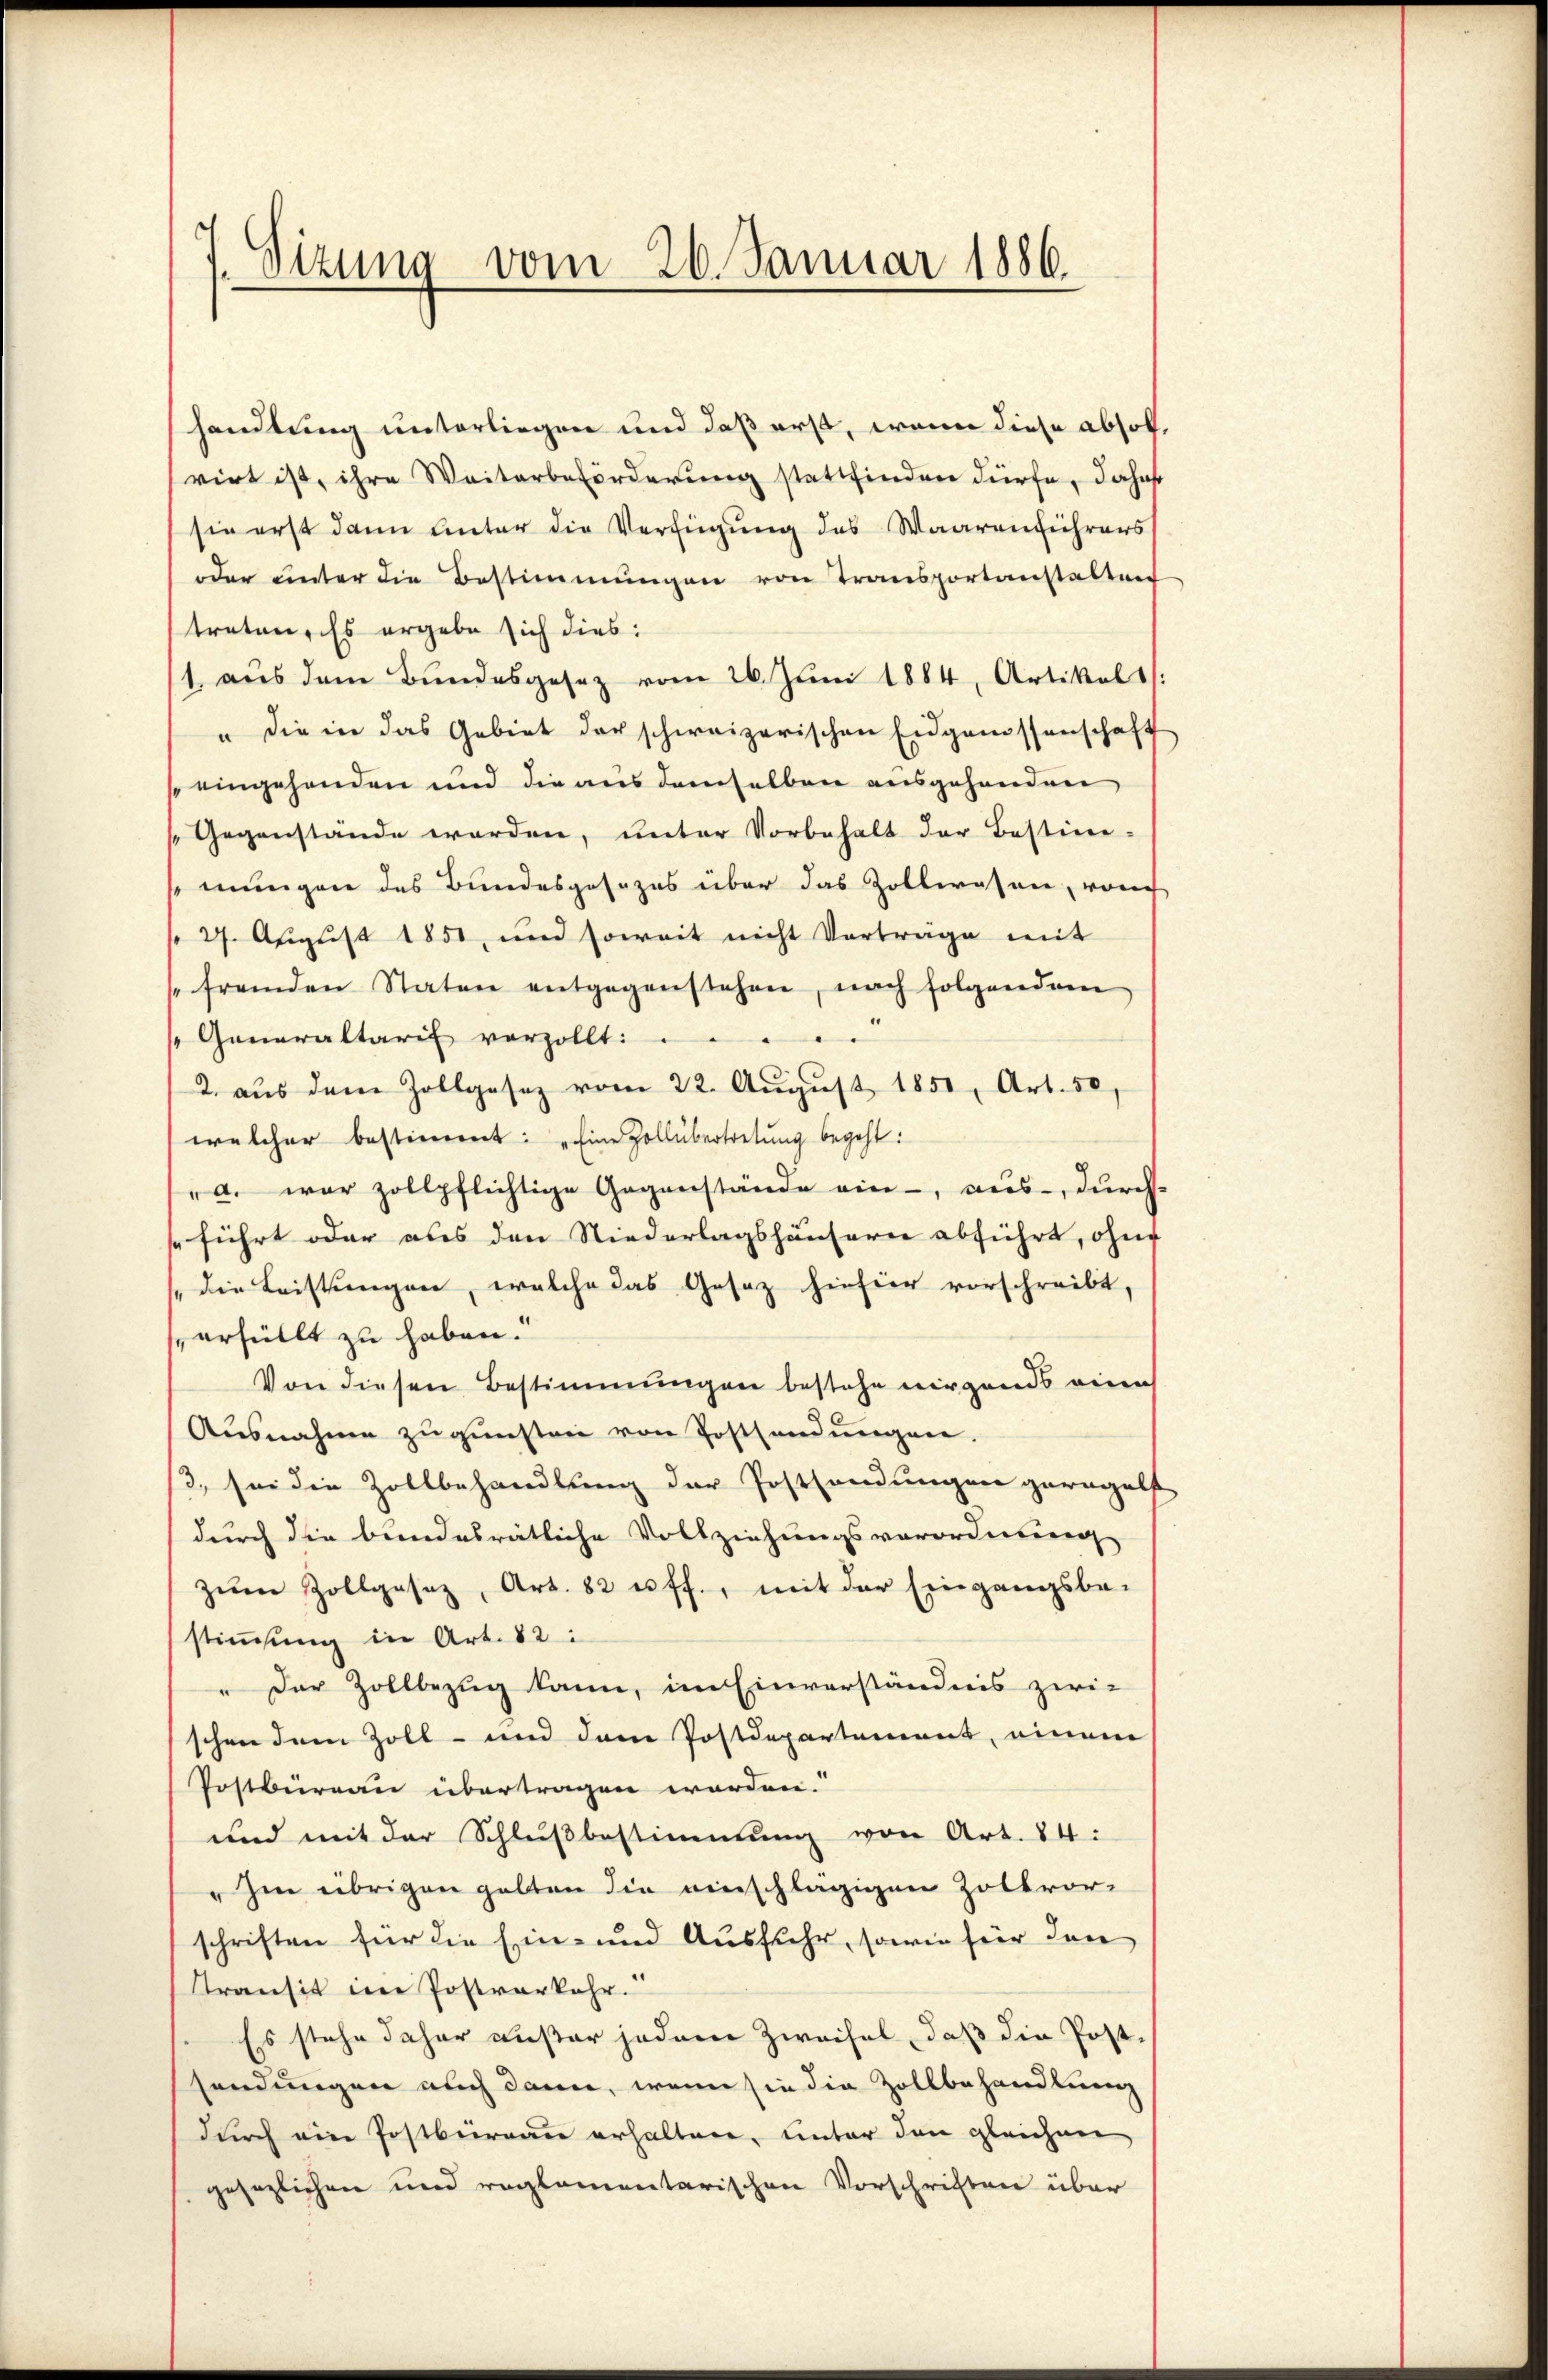
Sizung vom 20. Januar 1886.

handlung unterliegen und daß erst, wenn diese abholvirt ist, ihre Weiterbeförderŭng stattfinden dürfe, Jahaf
sie erst dann unter die Verfügung des Waaren führers
oder unter die Bestimmungen von Transportanstalten
treten. Es ergebe sich dies:
1 aus dem Bundesgesez vom 26. Juni 1884, Artikels
" die in das Gebiet der schweizerischen Eidgenossenschaft
eingehenden und die aus demselben ausgehanden
Gegenstände werden, ŭnter Vorbehalt der Bestim-
semungen des Bundesgesezes über das Zollwesen, vom
 27. August 1850, und soweit nicht Vorträge mit
fremden Staten entgegenstehen, nach folgendem
 Generaltaris vorzollt. ..  ..
2. aŭs dem Zollgesez vom 22. Aŭgŭst 1851, Art. 50
welcher bestimmt: „Eine Zollübertretung begeht:
". war zollpflichtige Gegenstände ein, aus durch
sführt oder aus den Niederlagshäusern abführt, ohne
 die Leistungen, welche das Gesatz hiefier vorschreibt,
erfüllt zu haben.
Von diesen Bestimmungen bestehe nirgends eine
Ausnahme zugunsten von Postfandungen.
3., sei die Zollbehandlung der Postandungen geregelt
durch die bundesrätliche Vollziehungsverordnung
zŭm Zollgasaz, Art. 82 u. ff., mit der Eingangsbe-
stimmung in Art. 82:
" Der Zollbezug kann, im Einverständnis zwi-
schon dem Zoll- und dem Postdepartement, einem
Postbüreau übertragen worden.
und mit der Schlußbestimmung von Art. 84:
" Im übrigen gelten die einschlägigen Zollvorschriften für die Ein- und Ausfuhr, sowie für den
Transit im Postverkehr.
Es stehe daher außer jedem Zweifel, daß die Postsendungen auch dann, wenn sie die Zollbehandlung
durch ein Postbureau erhalten, unter den gleichen
gesezlichen und reglementarischen Vorschriften über